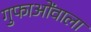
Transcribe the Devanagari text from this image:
गुफाओंवाला